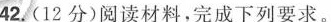
42.(12分)阅读材料，完成下列要求。